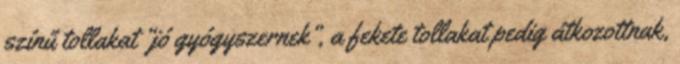
színű tollakat “jó gyógyszernek”, a fekete tollakat pedig átkozottnak,